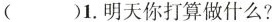
( )1.明天打算做什么？